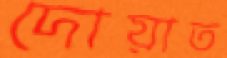
দোয়াত